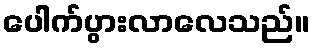
ပေါက်ပွားလာလေသည်။